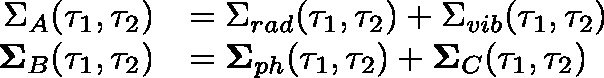
\begin{array} { r l } { \Sigma _ { A } ( \tau _ { 1 } , \tau _ { 2 } ) } & { = \Sigma _ { r a d } ( \tau _ { 1 } , \tau _ { 2 } ) + \Sigma _ { v i b } ( \tau _ { 1 } , \tau _ { 2 } ) } \\ { \mathbf { \Sigma } _ { B } ( \tau _ { 1 } , \tau _ { 2 } ) } & { = \mathbf { \Sigma } _ { p h } ( \tau _ { 1 } , \tau _ { 2 } ) + \mathbf { \Sigma } _ { C } ( \tau _ { 1 } , \tau _ { 2 } ) } \end{array}